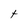
Character: t